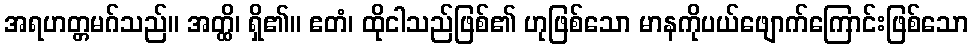
အရဟတ္တမဂ်သည်။ အတ္ထိ၊ ရှိ၏။ ဧတံ၊ ထိုငါသည်ဖြစ်၏ ဟုဖြစ်သော မာနကိုပယ်ဖျောက်ကြောင်းဖြစ်သော